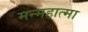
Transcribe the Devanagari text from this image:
मन्महात्मा